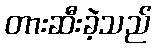
တားဆီးခဲ့သည်